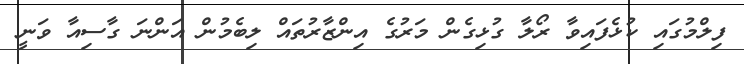
ފިލްމުގައި ކުޅެފައިވާ ރޯލާ ގުޅިގެން މަރުގެ އިންޒާރުތައް ލިބެމުން އަންނަ ގާސިއާ ވަނީ